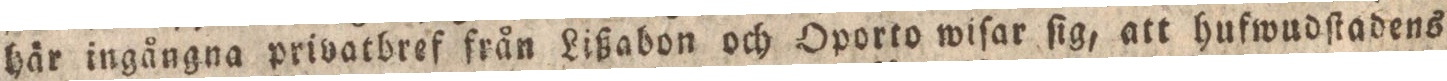
här ingångna privatbref från Lißabon och Oporto wiſar ſig, att hufwudſtadens